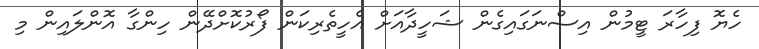
ހެޔޮ ފިހާރަ ޓީމުން އިސްނަގައިގެން ޝަހީދާއަށް އެހީތެރިކަން ފޯރުކޮށްދޭން ހިންގާ އޮންލައިން މި